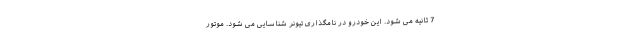
7 ثانیه می شود. این خودرو در نامگذاری تیونر شناسایی می شود. موتور